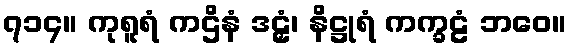
၇၁၄။ ကုရူရံ ကဌိနံ ဒဠှံ၊ နိဋ္ဌုရံ ကက္ခဠံ ဘဝေ။